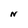
Character: N